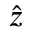
\hat { z }